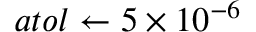
a t o l \gets 5 \times 1 0 ^ { - 6 }